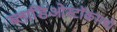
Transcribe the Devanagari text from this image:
ब्लाडिओस्टॉकमध्ये